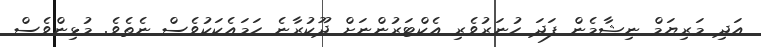
އަދި މަރިޔަމް ނިޝާމެން ފަދަ ހުނަރުވެރި އެކްޓަރުންނަށް ދޫކުރާނެ ހަމައެކަކުވެސް ނެތެވެ. މުޅިންވެސް